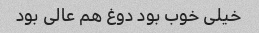
خیلی خوب بود دوغ هم عالی بود